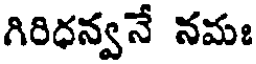
గిరిధన్వనే నమః